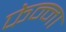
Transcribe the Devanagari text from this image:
फेन्ना